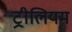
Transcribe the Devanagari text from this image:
ट्रीलियम